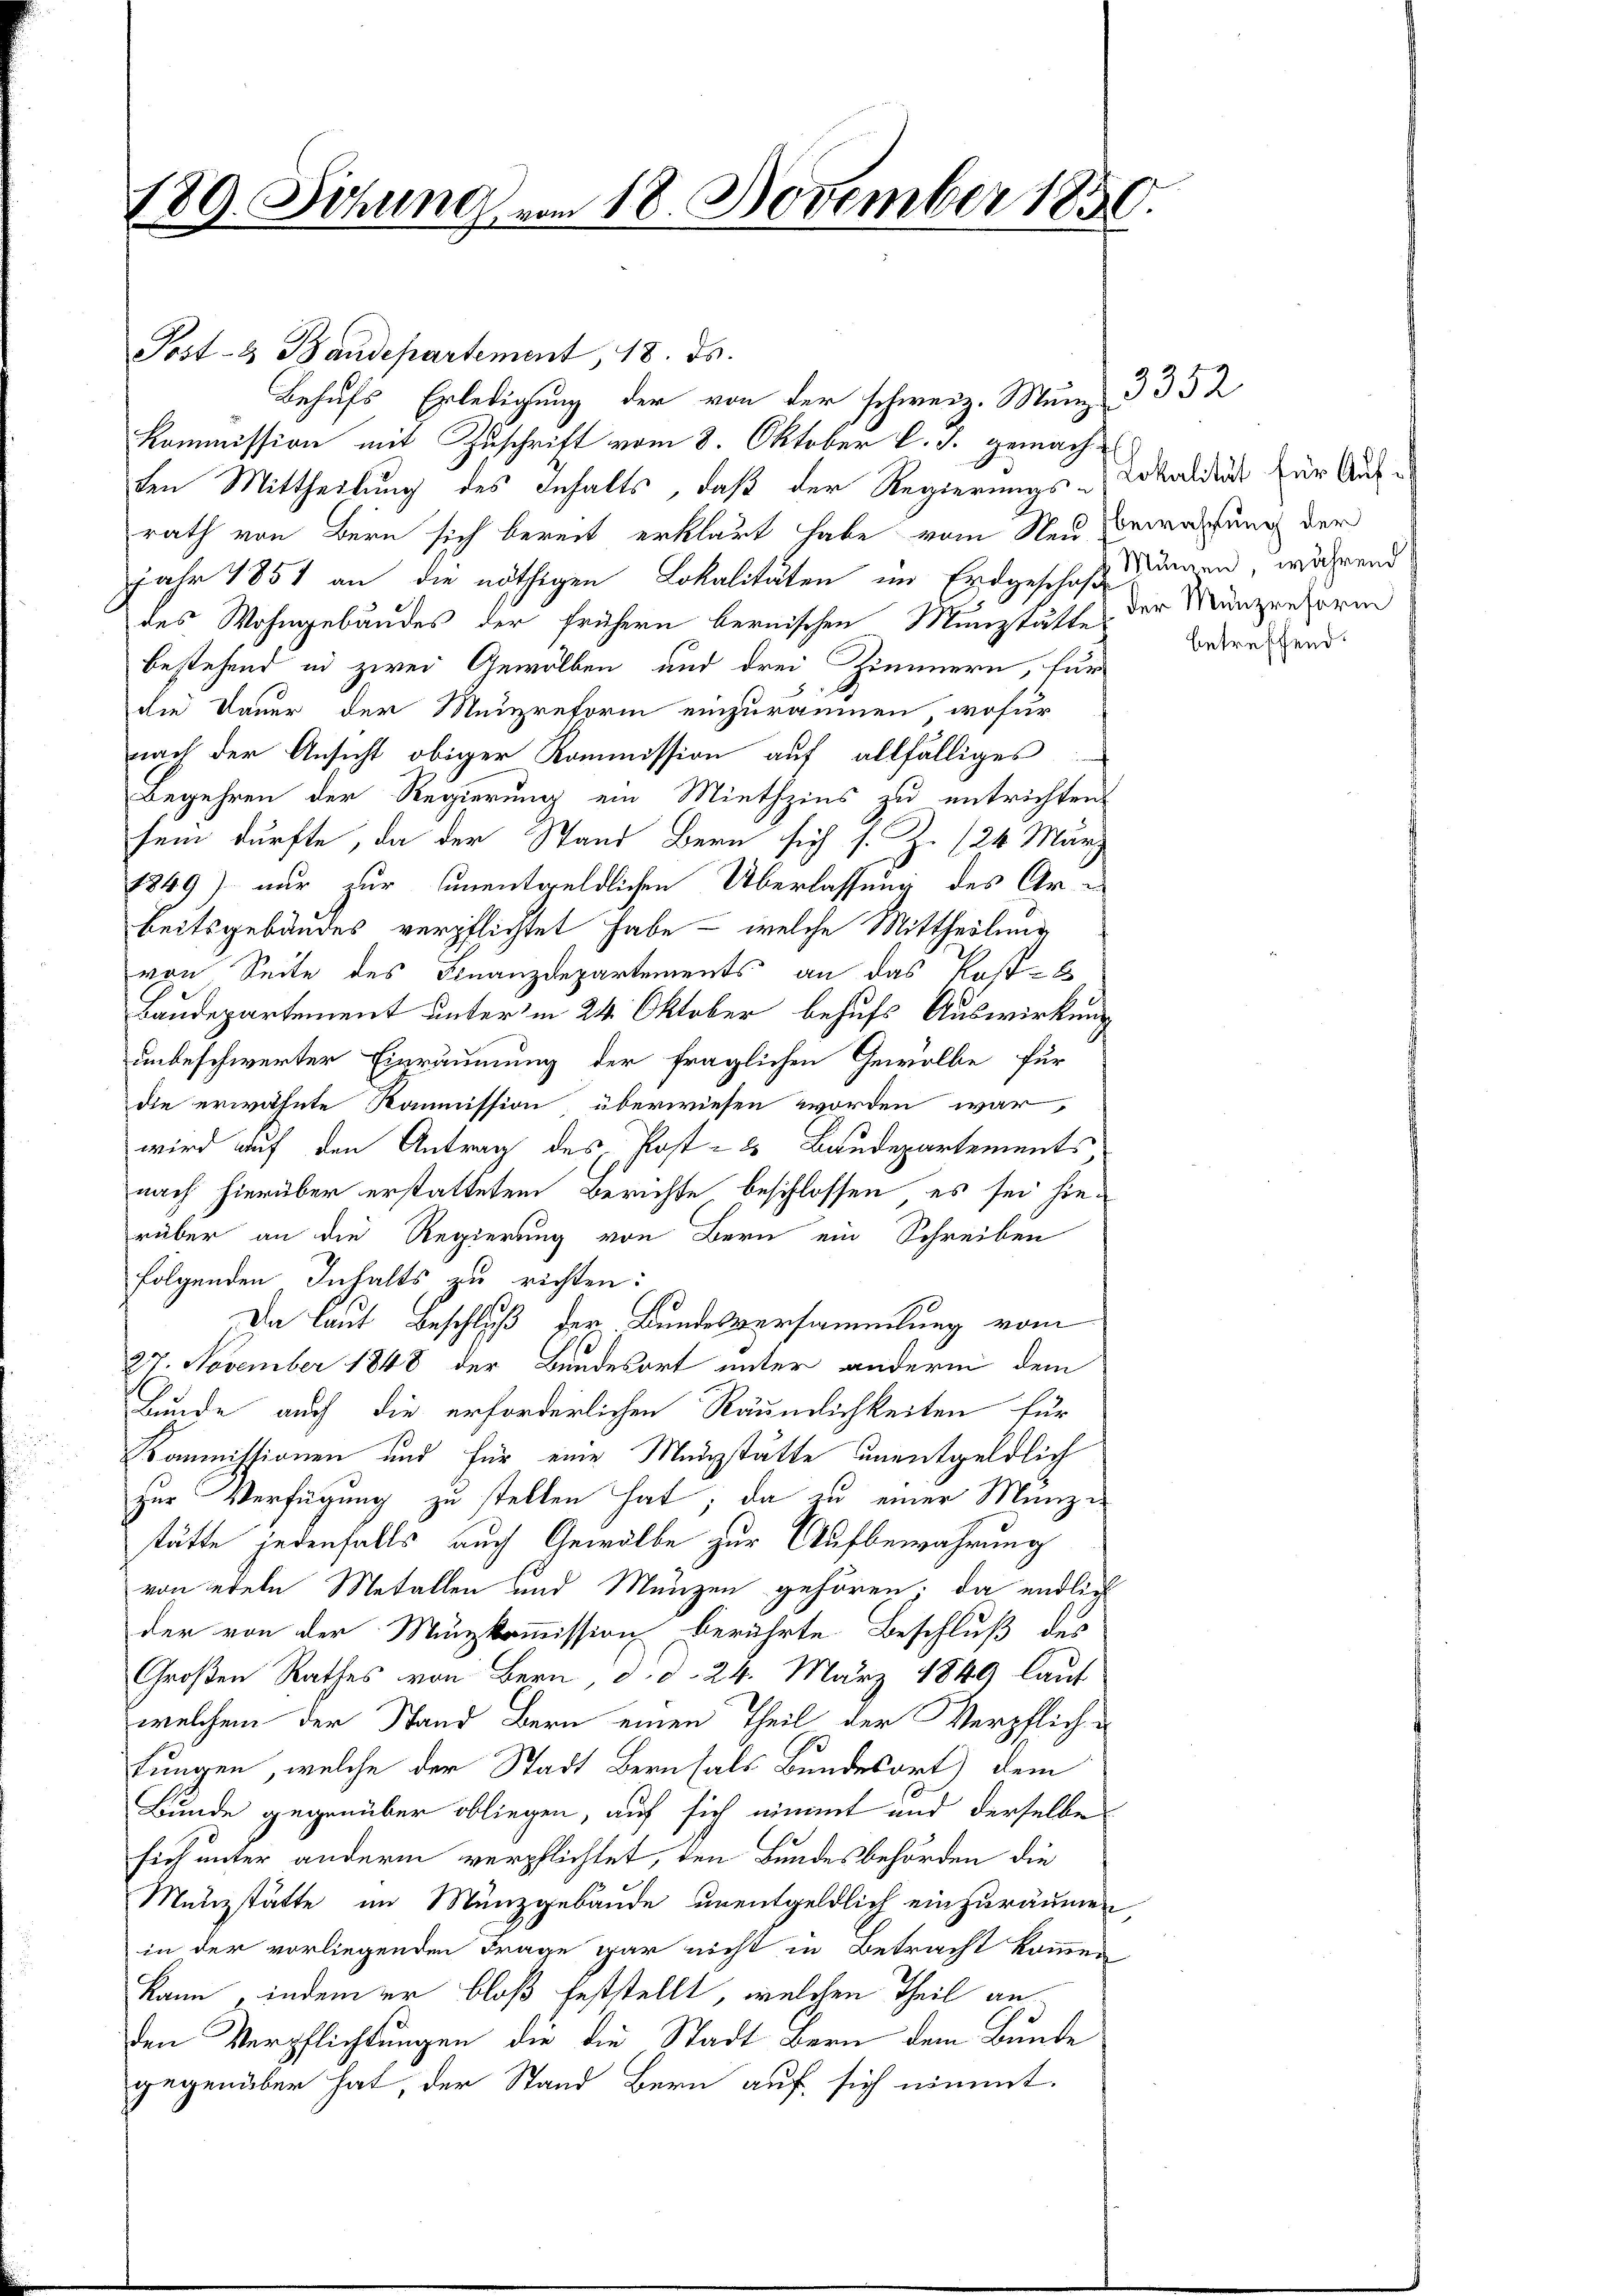
189. Sitzung vom 18. November 1850.
f

Post- & Baudepartement, 18. ds.
Behufs Erledigung der von der schweiz. Munz
Kommission mit Zuschrift vom 8. Oktober l. J. gemachten Mittheilung des Inhalts, daß der Regierungs-Lokaldick für Ausrath von Bern sich bereit erklärt habe vom Neubewachung der
Jahr 1851 an die nöthigen Lokalitäten im Erdgeschaft angen, während
des Wohngebäudes der frühern bernischen Münzstätte der Münzreform
bestehend in zwei Gewölben und drei Zimmern, für
die Dauer der Menzreform einzuräumen, wofür
nach der Ansicht obiger Kommission auf allfälliges
Begehren der Regierung ein Miethzins zu entrichten
sein dürfte, da der Stand Bern sich s. Z. (24 März
1249) nur zur unentgeldlichen Überlassung des Ar-
beitsgebäudes verpflichtet habe - welche Mittheilung
von Seite des Finanzdepartements an das Kost-B
Baudepartement unterm 24. Oktober behufs Auswirkung
unbeschwerter Einräumung der fraglichen Gewölbe für
die erwähnte Kommission überwiesen worden war,
wird auf den Antrag des Post- & Baudepartements
nach hierüber erstattetem Berichte beschlossen, es sei hierüber an die Regierung von Bern ein Schreiben
folgenden Inhalts zu richten:
Da laut Beschluß der Bundesversammlung vom
s
27. November 1848 der Bundesort unter andern dem
Bunde auch die erforderlichen Räumlichkeiten für
Kommissionen und für eine Medizstätte unentgeldlich
zur Verfügung zu stellen hat; da zu einer Münze
stätte jedenfalls auch Gewölbe zur Aufbewahrung
von edeln Metallen und Münzen gehören, da endlich
der von der Minzkommission berührte Beschluß des
Großen Rathes von Bern, d. d. 24. März 1849 laut
welchem der Stand Bern einen Theil der Verpfliche
fungen, welche der Stadt Bernsals Bundesort) dem
Bunde gegenüber obliegen, auf sich nimmt und derselbe
sich unter anderm verpflichtet, den Bundesbehörden die
Münzstätte im Münzgebäude unentgeldlich einzuräumen,
in der vorliegenden Frage gar nicht in Betracht kommen
kann indem er bloß feststellt, welchen Theil anden Verpflichtungen die die Stadt Bern dem Bunde
gegenüber hat, der Stand Bern auf sich nimmt.

3352.

betreffend.